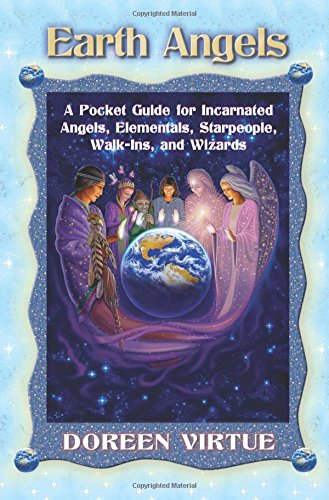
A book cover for Earth Angels; Doreen Virtue; Religion & Spirituality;